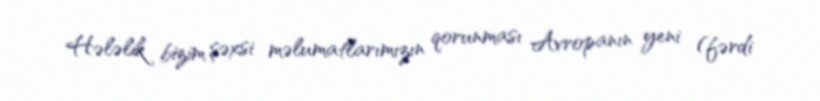
Hələlik bizim şəxsi məlumatlarımızın qorunması Avropanın yeni (fərdi